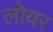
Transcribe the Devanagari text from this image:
लोयर